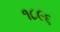
૧૮૯૬